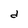
Character: d